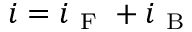
\boldsymbol { i } = \boldsymbol { i } _ { \mathrm { ~ F ~ } } + \boldsymbol { i } _ { \mathrm { ~ B ~ } }